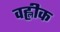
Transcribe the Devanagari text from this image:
वह्लीक